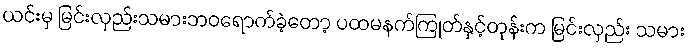
ယင်းမှ မြင်းလှည်းသမားဘဝရောက်ခဲ့တော့ ပထမနက်ကြုတ်နှင့်တုန်းက မြင်းလှည်း သမား